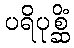
ပရိပုစ္ဆိံ